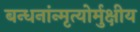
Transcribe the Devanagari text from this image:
बन्धनांन्मृत्योर्मुक्षीय